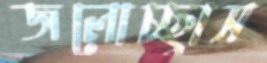
জলোচ্ছ্বাস